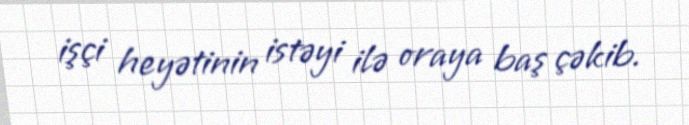
işçi heyətinin istəyi ilə oraya baş çəkib.